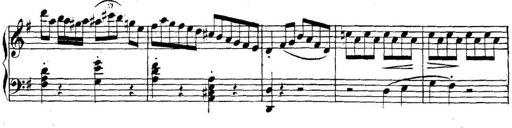
Title: Collected Piano Sonatas
Composer: Muzio Clementi